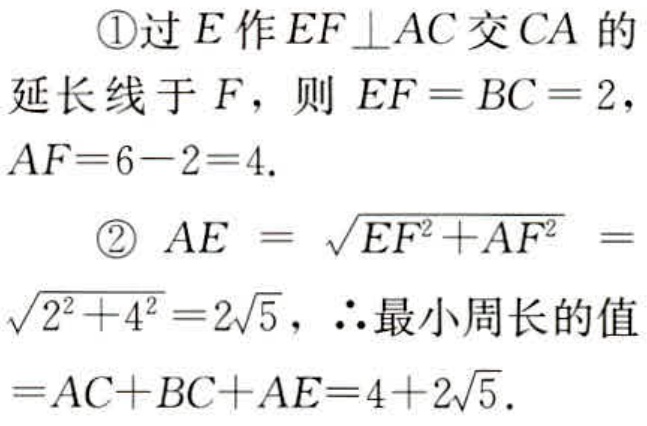
\textcircled{1}过\(E\)作\(EF \perp AC\)交\(CA\)的延长线于\(F\)，则 \(EF = BC = 2\)，\(AF = 6 - 2 = 4\).
\textcircled{2} \(AE = \sqrt{EF^{2}+AF^{2}}=\sqrt{2^{2}+4^{2}} = 2\sqrt{5}\)，\(\therefore\)最小周长的值\(=AC + BC + AE = 4 + 2\sqrt{5}\).